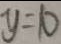
y = 1 0